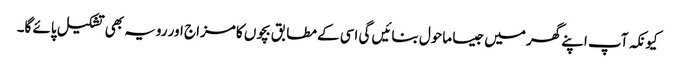
کیونکہ آپ اپنے گھر میں جیسا ماحول بنائیں گی اسی کے مطابق بچوں کا مزاج اور رویہ بھی تشکیل پائے گا۔